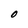
Character: O